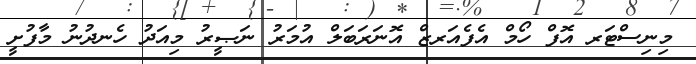
މިނިސްޓަރ އޮފް ހޯމް އެފެއަރޒް އޮނަރަބަލް އުމަރު ނަޞީރު މިއަދު ހެނދުނު މާފުށީ